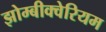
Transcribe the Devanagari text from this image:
झोम्बीक्वेरियम